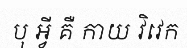
បុ អ្វី គឺ កាយ វិវេក